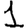
Digit: 1